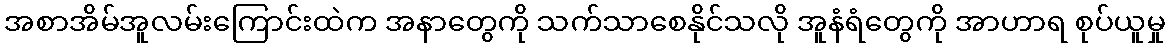
အစာအိမ်အူလမ်းကြောင်းထဲက အနာတွေကို သက်သာစေနိုင်သလို အူနံရံတွေကို အာဟာရ စုပ်ယူမှု